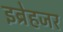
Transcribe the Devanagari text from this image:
इब्रेहजर